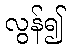
လွန်၍